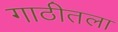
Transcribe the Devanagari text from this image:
गाठीतला